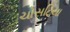
ચોસટિયા